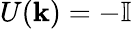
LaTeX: U({\mathbf k})=-\mathbb{I}